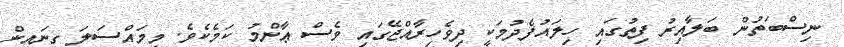
ނިސްބަތުން ބަލާއިރު ފިތުގައި ހިލައުފެދުމަކީ ދިވެހިރާއްޖޭގައި ވެސް ޢާންމު ކަމެކެވެ. މިމައްސަލަ ގިނައިން